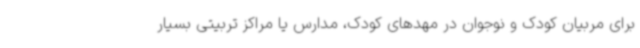
برای مربیان کودک و نوجوان در مهدهای کودک، مدارس یا مراکز تربیتی بسیار